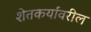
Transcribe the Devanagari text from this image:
शेतकर्यांवरील